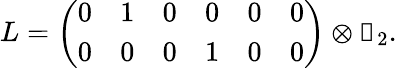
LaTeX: L=\left(\begin{array}{llllll}{0}&{1}&{0}&{0}&{0}&{0}\\ {0}&{0}&{0}&{1}&{0}&{0}\end{array}\right)\otimes\mathbb{1}_{2}.